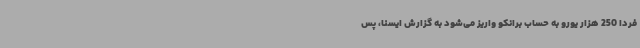
فردا 250 هزار یورو به حساب برانکو واریز می‌شود به گزارش ایسنا، پس